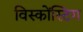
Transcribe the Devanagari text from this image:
विस्कोंस्टिग